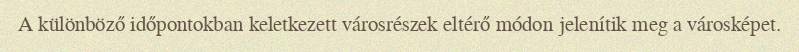
A különböző időpontokban keletkezett városrészek eltérő módon jelenítik meg a városképet.